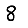
Digit: 8